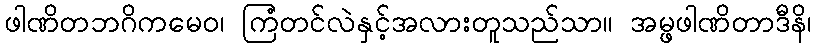
ဖါဏိတဘဂိကမေဝ၊ ကြံတင်လဲနှင့်အလားတူသည်သာ။ အမ္ဖဖါဏိတာဒီနိ၊